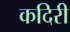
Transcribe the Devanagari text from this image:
कदिरी